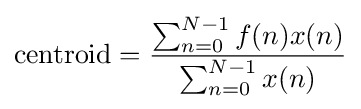
{\text{centroid}}={\frac {\sum _{n=0}^{N-1}f(n)x(n)}{\sum _{n=0}^{N-1}x(n)}}